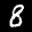
Label: 8